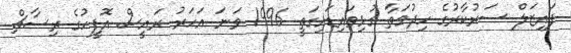
ފައިޒަލް ސަރުކާރުގެ ހިދުމަތާ ގުޅިވައިޑައިގަތީ 1996 ވަނަ އަހަރު ރައީސް އޮފީހުގެ ރިސާޗް